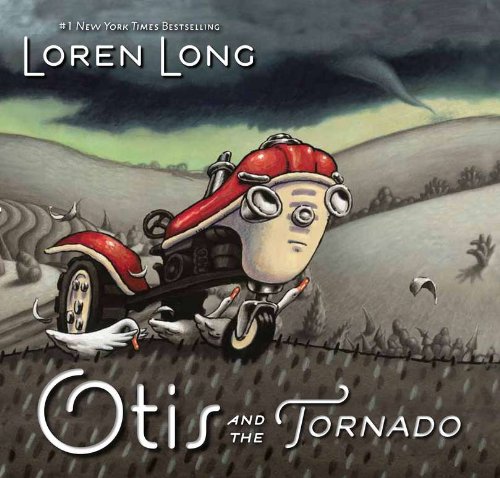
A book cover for Otis and the Tornado; Loren Long; Children's Books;